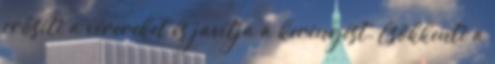
erősíti a vérereket és javítja a keringést. Csökkenti a